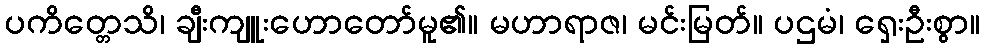
ပကိတ္တေသိ၊ ချီးကျူးဟောတော်မူ၏။ မဟာရာဇ၊ မင်းမြတ်။ ပဌမံ၊ ရှေးဦးစွာ။